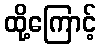
ထို့ကြောင့်